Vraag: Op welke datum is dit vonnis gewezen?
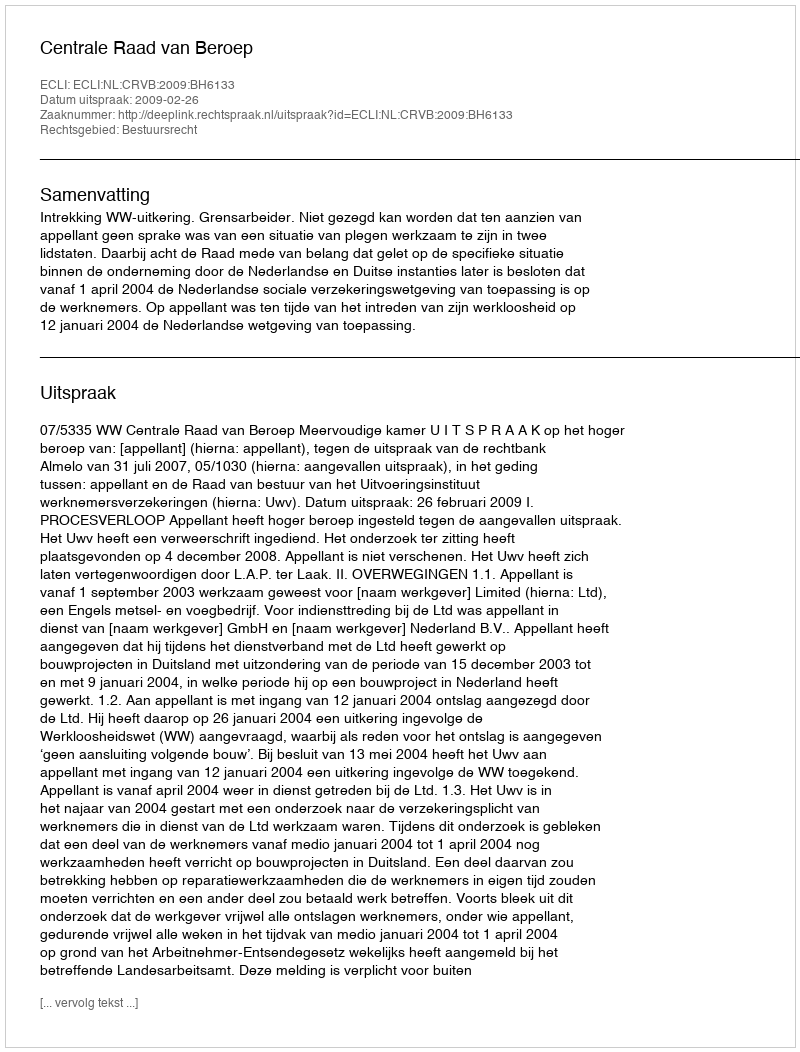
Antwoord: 2009-02-26